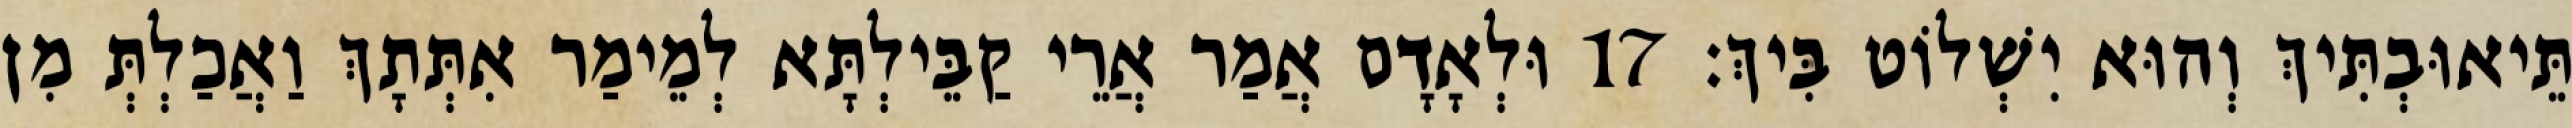
תֵּיאוּבְתִּיךְ וְהוּא יִשְׁלוֹט בִּיךְ׃ 17 וּלְאָדָם אֲמַר אֲרֵי קַבֵּילְתָּא לְמֵימַר אִתְּתָךְ וַאֲכַלְתְּ מִן